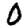
Digit: 0